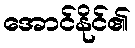
အောင်နိုင်၏